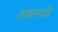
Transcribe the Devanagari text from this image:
ताष़त्तंगाडि